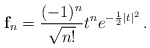
\begin{align*} {\bf f}_n = \frac{(-1)^n}{\sqrt{n!}}t^n e^{-\frac{1}{2}|t|^2}\,.\end{align*}